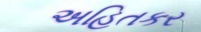
અહિતકર